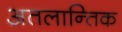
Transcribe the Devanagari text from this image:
अतलान्तिक